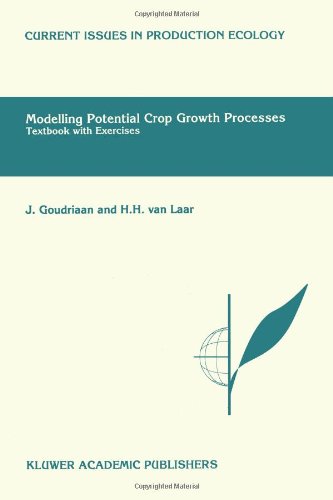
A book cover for Modelling Potential Crop Growth Processes: Textbook with Exercises (Current Issues in Production Ecology); J. Goudriaan; Science & Math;